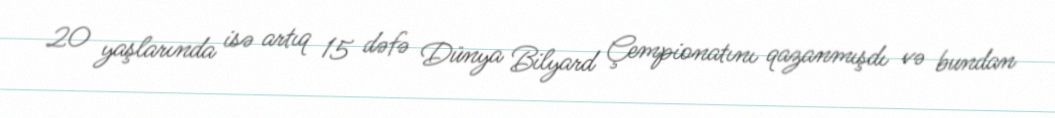
20 yaşlarında isə artıq 15 dəfə Dünya Bilyard Çempionatını qazanmışdı və bundan